Malaria in the Punjab - Number 46
Disease focus: Malaria
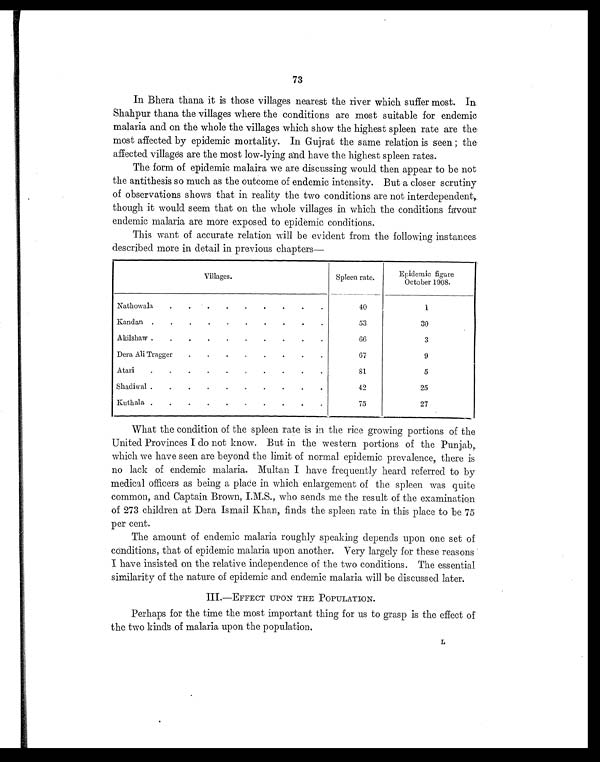
73
In Bhera thana it is those villages nearest the river which suffer most. In
Shahpur thana the villages where the conditions are most suitable for endemic
malaria and on the whole the villages which show the highest spleen rate are the
most affected by epidemic mortality. In Gujrat the same relation is seen ; the
affected villages are the most low-lying and have the highest spleen rates.
The form of epidemic malaira we are discussing would then appear to be not
the antithesis so much as the outcome of endemic intensity. But a closer scrutiny
of observations shows that in reality the two conditions are not interdependent,
though it would seem that on the whole villages in which the conditions favour
endemic malaria are more exposed to epidemic conditions.
This want of accurate relation will be evident from the following instances
described more in detail in previous chapters—
Villages.
Spleen rate.
Epidemic figure
October 1908.
Nathowala
.
.
. .
.
.
.
.
.
40
1
Kandan .
.
.
.
.
.
.
.
.
.
53
30
Akilshaw .
.
.
.
.
.
.
.
.
.
6 6
3
Dera Ali Tragger
.
.
.
.
.
.
.
.
67
9
Atari
.
.
.
.
.
. .
.
.
.
81
5
Shadiwal .
.
.
.
.
.
.
.
.
.
42
25
Kuthala .
.
.
.
.
.
.
.
.
.
75
27
What the condition of the spleen rate is in the rice growing portions of the
United Provinces I do not know. But in the western portions of the Punjab,
which we have seen are beyond the limit of normal epidemic prevalence, there is
no lack of endemic malaria. Multan I have frequently heard referred to by
medical officers as being a place in which enlargement of the spleen was quite
common, and Captain Brown, I.M.S., who sends me the result of the examination
of 273 children at Dera Ismail Khan, finds the spleen rate in this place to be 75
per cent.
The amount of endemic malaria roughly speaking depends upon one set of
conditions, that of epidemic malaria upon another. Very largely for these reasons
I have insisted on the relative independence of the two conditions. The essential
similarity of the nature of epidemic and endemic malaria will be discussed later.
III.—EFFECT UPON THE POPULATION.
Perhaps for the time the most important thing for us to grasp is the effect of
the two kinds of malaria upon the population.
L